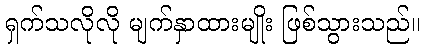
ရှက်သလိုလို မျက်နှာထားမျိုး ဖြစ်သွားသည်။